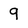
Character: 9